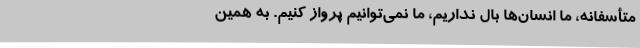
متأسفانه، ما انسان‌ها بال نداریم، ما نمی‌توانیم پرواز کنیم. به همین